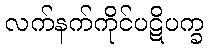
လက်နက်ကိုင်ပဋိပက္ခ